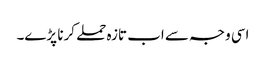
اسی وجہ سے اب تازہ حملے کرنا پڑے۔